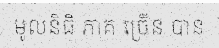
មូលនិធិ ភាគ ច្រើន បាន